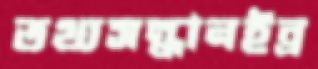
তথ্যসন্ধানইব্র